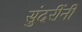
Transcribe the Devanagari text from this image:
सुंदरींनी